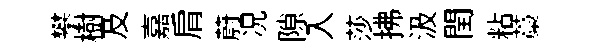
攀樹及嘉肩蔚况隙入莎拂汲閏粘藁